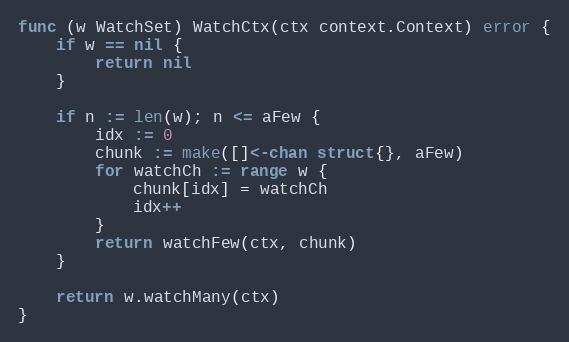
Language: Go
func (w WatchSet) WatchCtx(ctx context.Context) error {
	if w == nil {
		return nil
	}

	if n := len(w); n <= aFew {
		idx := 0
		chunk := make([]<-chan struct{}, aFew)
		for watchCh := range w {
			chunk[idx] = watchCh
			idx++
		}
		return watchFew(ctx, chunk)
	}

	return w.watchMany(ctx)
}